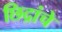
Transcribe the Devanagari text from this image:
छिद्रांचे